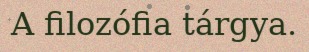
A filozófia tárgya.